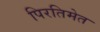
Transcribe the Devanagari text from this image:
पिरतिमेत